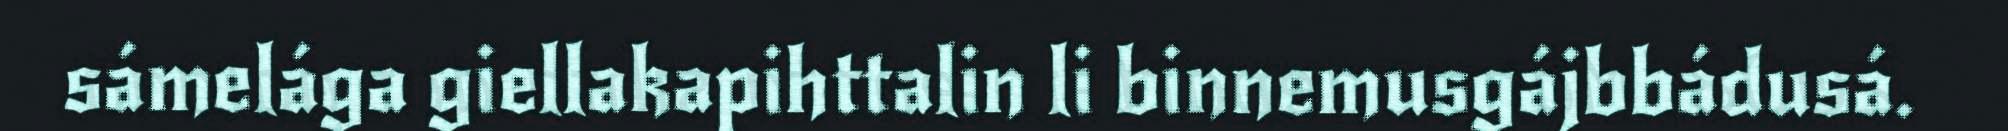
sámelága giellakapihttalin li binnemusgájbbádusá.